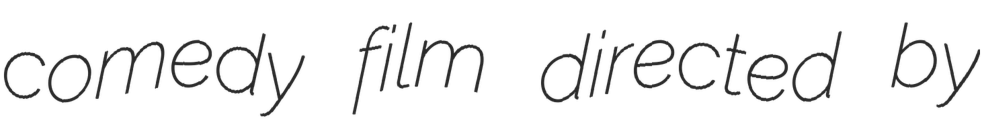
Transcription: comedy film directed by